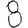
Digit: 8